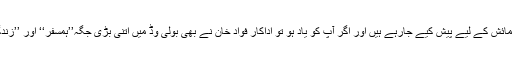
ہندوستانی چینل زندگی پر ایک طویل عرصے سے پاکستانی ڈرامے نمائش کے لیے پیش کیے جارہے ہیں اور اگر آپ کو یاد ہو تو اداکار فواد خان نے بھی بولی وڈ میں اتنی بڑی جگہ’’ہمسفر‘‘ اور ’’زندگی گلزار ہے‘‘ جیسے بہترین ڈراموں میں کام کرنے سے حاصل کی۔